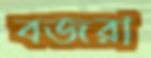
বজরা